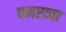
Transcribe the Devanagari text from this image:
चमरव्‍वा